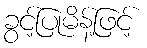
ခွင့်ပြုမိန့်ဖြင့်